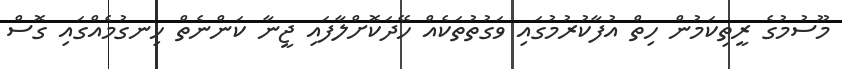
މޫސުމުގެ ރީތިކަމުން ހިތް އުފާކުރުމުގައި ވަގުތުތަކެއް ހޭދަކޮށްލާފައި ޖީނާ ކަންނެތް ހިނގުމެއްގައި ގޮސް